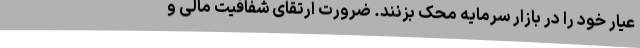
عیار خود را در بازار سرمایه محک بزنند. ضرورت ارتقای شفافیت مالی و